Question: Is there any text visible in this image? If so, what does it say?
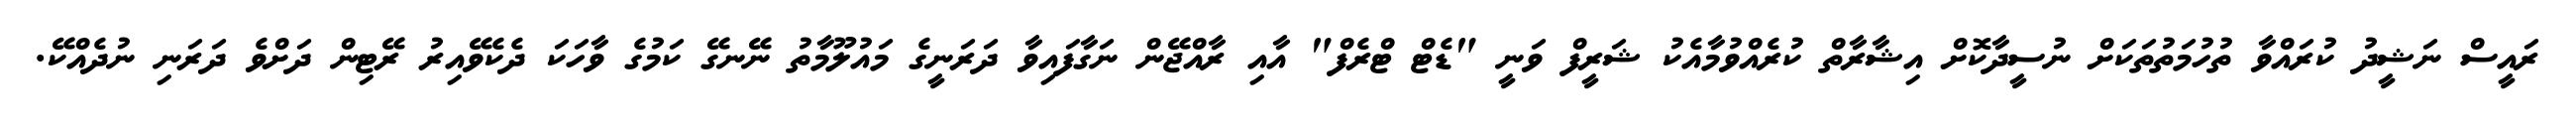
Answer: ރައީސް ނަޝީދު ކުރައްވާ ތުހުމަތުތަކަށް ނުސީދާކޮށް އިޝާރާތް ކުރެއްވުމާއެކު ޝަރީފް ވަނީ "ޑެޓް ޓްރެފް" އާއި ރާއްޖޭން ނަގާފައިވާ ދަރަނީގެ މައުލޫމާތު ނޭނގޭ ކަމުގެ ވާހަކަ ދެކެވޭއިރު ރޭޓިން ދަށްވެ ދަރަނި ނުދެއްކޭ.